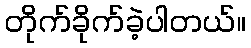
တိုက်ခိုက်ခဲ့ပါတယ်။